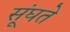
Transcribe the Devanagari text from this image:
सूंघते